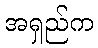
အရှည်က